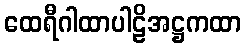
ထေရီဂါထာပါဠိအဋ္ဌကထာ